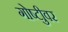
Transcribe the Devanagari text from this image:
गोष्टीुवर